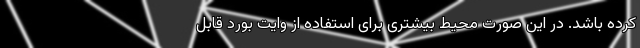
کرده باشد. در این صورت محیط بیشتری برای استفاده از وایت بورد قابل